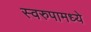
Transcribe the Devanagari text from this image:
स्वरुपामध्ये